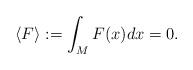
LaTeX: \begin{align*}\langle F \rangle:=\int_M F(x) dx = 0.\end{align*}